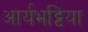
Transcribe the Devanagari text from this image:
आर्यभट्टिया